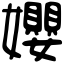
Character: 孆